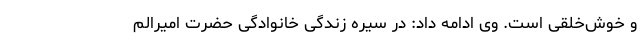
و خوش‌خلقی است. وی ادامه داد: در سیره زندگی خانوادگی حضرت امیرالم